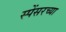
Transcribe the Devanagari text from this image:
स्पेंसरच्या